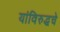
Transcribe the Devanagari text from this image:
यांविरुद्धचे